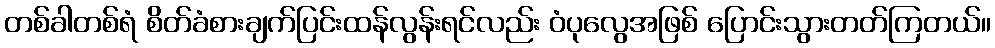
တစ်ခါတစ်ရံ စိတ်ခံစားချက်ပြင်းထန်လွန်းရင်လည်း ဝံပုလွေအဖြစ် ပြောင်းသွားတတ်ကြတယ်။